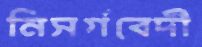
নিসর্গবেদী